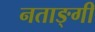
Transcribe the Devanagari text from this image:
नताङ्गी